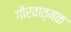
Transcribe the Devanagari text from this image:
गौरवात्मक